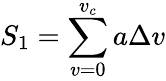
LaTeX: {S_{1}}=\sum_{v=0}^{v_{c}}a\Delta v